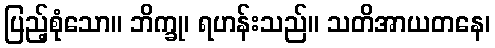
ပြည့်စုံသော။ ဘိက္ခု၊ ရဟန်းသည်။ သတိအာယတနေ၊